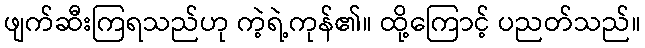
ဖျက်ဆီးကြရသည်ဟု ကဲ့ရဲ့ကုန်၏။ ထို့ကြောင့် ပညတ်သည်။